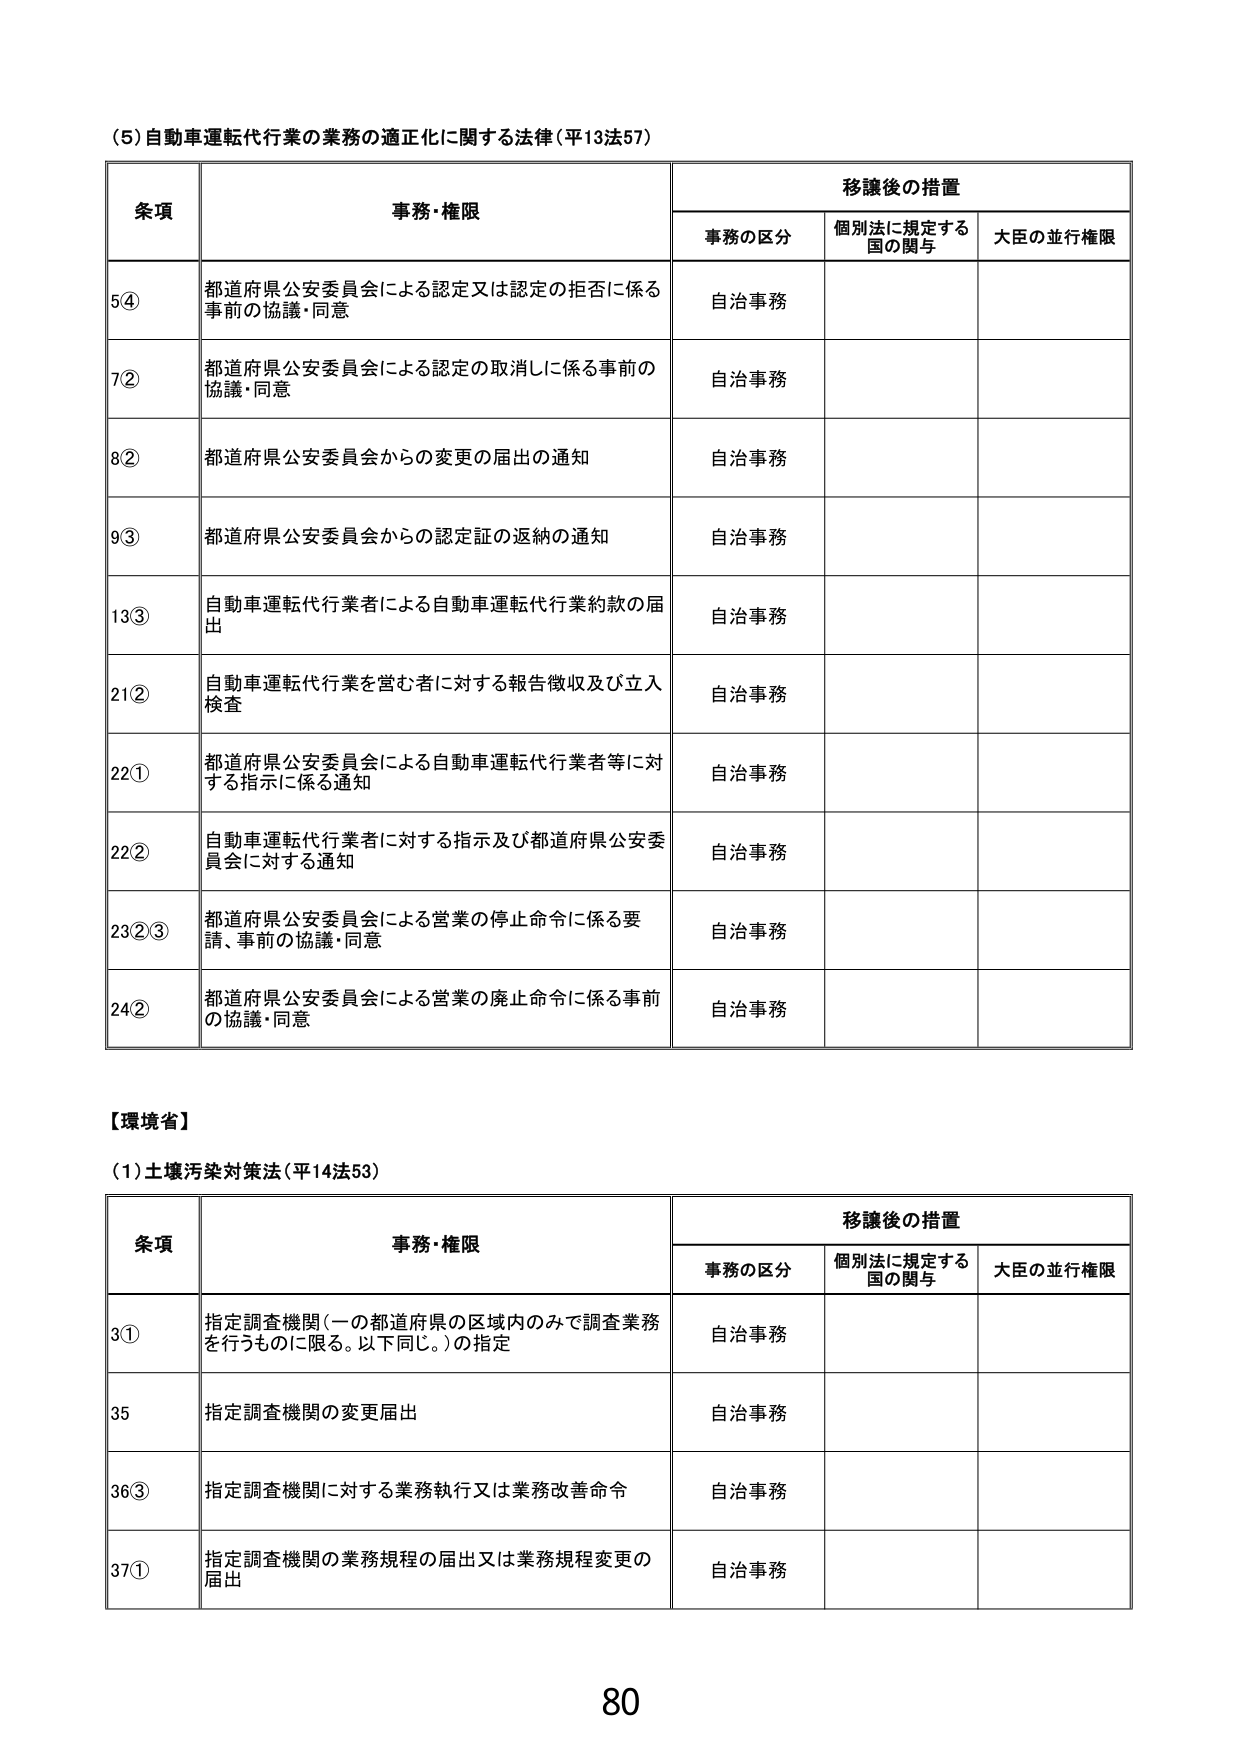
(5) 自動車運転代行業の業務の適正化に関する法律（平13法57）

条項 事務・権限 移譲後の措置
　　事務の区分 個別法に規定する国の関与 大臣の並行権限
5④ 都道府県公安委員会による認定又は認定の拒否に係る事前の協議・同意 自治事務
7② 都道府県公安委員会による認定の取消しに係る事前の協議・同意 自治事務
8② 都道府県公安委員会からの変更の届出の通知 自治事務
9③ 都道府県公安委員会からの認定証の返納の通知 自治事務
13③ 自動車運転代行業者による自動車運転代行業約款の届出 自治事務
21② 自動車運転代行業を営む者に対する報告徴収及び立入検査 自治事務
22① 都道府県公安委員会による自動車運転代行業者等に対する指示に係る通知 自治事務
22② 自動車運転代行業者に対する指示及び都道府県公安委員会に対する通知 自治事務
23②③ 都道府県公安委員会による営業の停止命令に係る要請、事前の協議・同意 自治事務
24② 都道府県公安委員会による営業の廃止命令に係る事前の協議・同意 自治事務

【環境省】

(1) 土壌汚染対策法（平14法53）

条項 事務・権限 移譲後の措置
　　事務の区分 個別法に規定する国の関与 大臣の並行権限
3① 指定調査機関（一の都道府県の区域内のみで調査業務を行うものに限る。以下同じ。）の指定 自治事務
35 指定調査機関の変更届出 自治事務
36③ 指定調査機関に対する業務執行又は業務改善命令 自治事務
37① 指定調査機関の業務規程の届出又は業務規程変更の届出 自治事務

80